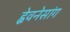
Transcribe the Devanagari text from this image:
ह्वेवनेसांग